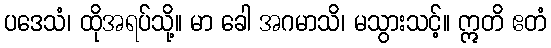
ပဒေသံ၊ ထိုအရပ်သို့။ မာ ခေါ အဂမာသိ၊ မသွားသင့်။ ဣတိ ဧတံ